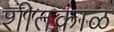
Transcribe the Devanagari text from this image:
शीतकाळ